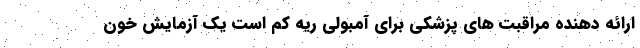
ارائه دهنده مراقبت های پزشکی برای آمبولی ریه کم است یک آزمایش خون